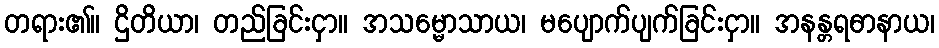
တရား၏။ ဌိတိယာ၊ တည်ခြင်းငှာ။ အသမ္မောသာယ၊ မပျောက်ပျက်ခြင်းငှာ။ အနန္တရဓာနာယ၊